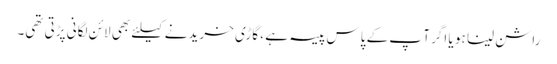
راشن لینا ہو یا اگر آ پ کے پاس پیسہ ہے ، گاڑی خریدنے کیلئے بھی لائن لگانی پڑتی تھی۔